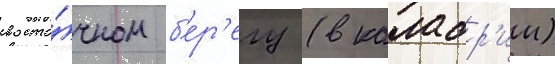
восто́чном б'ер'егу (в калабр'ии)